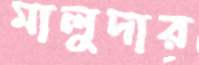
মালুদার